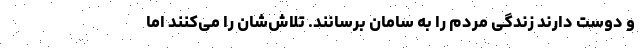
و دوست دارند زندگی مردم را به سامان برسانند. تلاش‌شان را می‌کنند اما